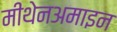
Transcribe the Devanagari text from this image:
मीथेनअमाइन